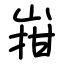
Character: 㟛